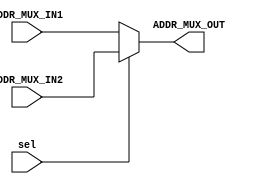
module ADDR_MUX(ADDR_MUX_IN1, ADDR_MUX_IN2,sel,ADDR_MUX_OUT);
input [7:0] ADDR_MUX_IN1,ADDR_MUX_IN2;
input sel;
output [7:0] ADDR_MUX_OUT;


assign ADDR_MUX_OUT = sel ? ADDR_MUX_IN2:ADDR_MUX_IN1;

endmodule